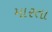
મારતા